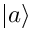
| a \rangle